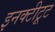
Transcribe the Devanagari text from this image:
इनक्टीटूट